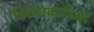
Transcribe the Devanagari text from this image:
विरोधकारिओं